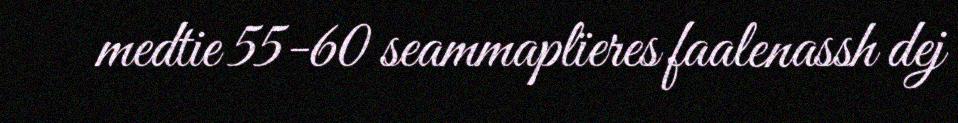
medtie 55-60 seammaplïeres faalenassh dej